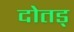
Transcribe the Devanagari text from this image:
दोतड्